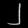
Digit: ၂